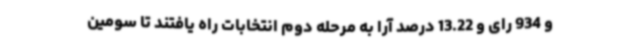
و 934 رای و 13.22 درصد آرا به مرحله دوم انتخابات راه یافتند تا سومین